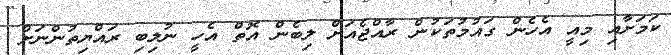
ކަމަށާއި މިއީ އެހެން ގައުމުތަކުން ރާއްޖެއަށް ލިބެން އޮތް އެހީ ނުލިބި ރައްޔިތުންނަށް